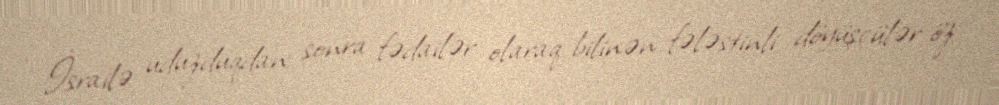
İsrailə uduzduqdan sonra fədailər olaraq bilinən fələstinli döyüşçülər öz